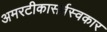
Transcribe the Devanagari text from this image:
अमरटीकासर्वस्वकार